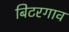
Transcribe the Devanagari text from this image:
बिटरगाव